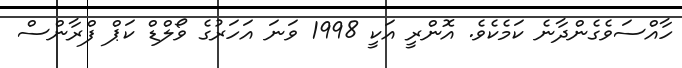
ހާއްސަވެގެންދާނެ ކަމެކެވެ. އޮންރީ އަކީ 1998 ވަނަ އަހަރުގެ ވޯލްޑް ކަޕް ފްރާންސް